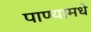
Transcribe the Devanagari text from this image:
पाण्यामधे